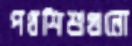
পথশিশুগুলো